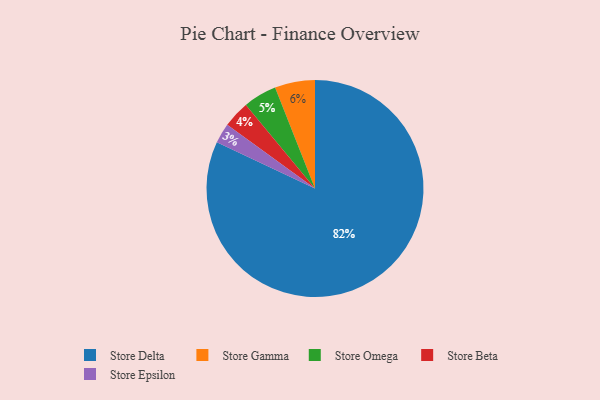
{"axis": {"x": "Category", "y": "Percentage"}, "legend": ["Store Beta", "Store Delta", "Store Epsilon", "Store Gamma", "Store Omega"], "data": [{"x": "Store Gamma", "y": 6, "type": "Store Gamma"}, {"x": "Store Delta", "y": 82, "type": "Store Delta"}, {"x": "Store Beta", "y": 4, "type": "Store Beta"}, {"x": "Store Omega", "y": 5, "type": "Store Omega"}, {"x": "Store Epsilon", "y": 3, "type": "Store Epsilon"}]}